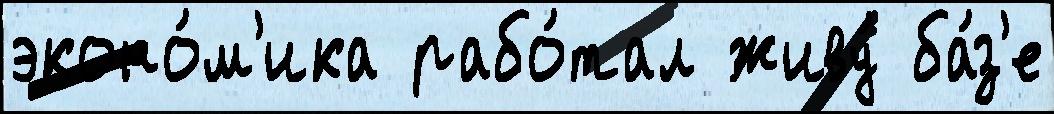
эконо́м'ика рабо́тал живу́ ба́з'е